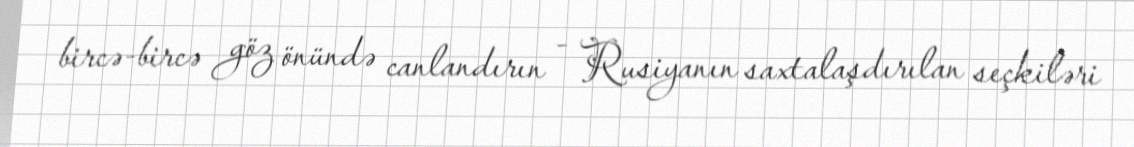
bircə-bircə göz önündə canlandırın - Rusiyanın saxtalaşdırılan seçkiləri